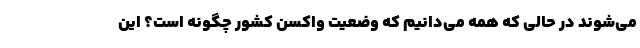
می‌شوند در حالی که همه می‌دانیم که وضعیت واکسن کشور چگونه است؟ این